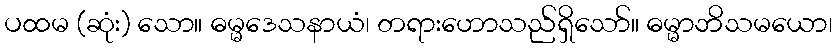
ပထမ (ဆုံး) သော။ ဓမ္မဒေသနာယံ၊ တရားဟောသည်ရှိသော်။ ဓမ္မာဘိသမယော၊